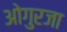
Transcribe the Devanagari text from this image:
ओगुरजा